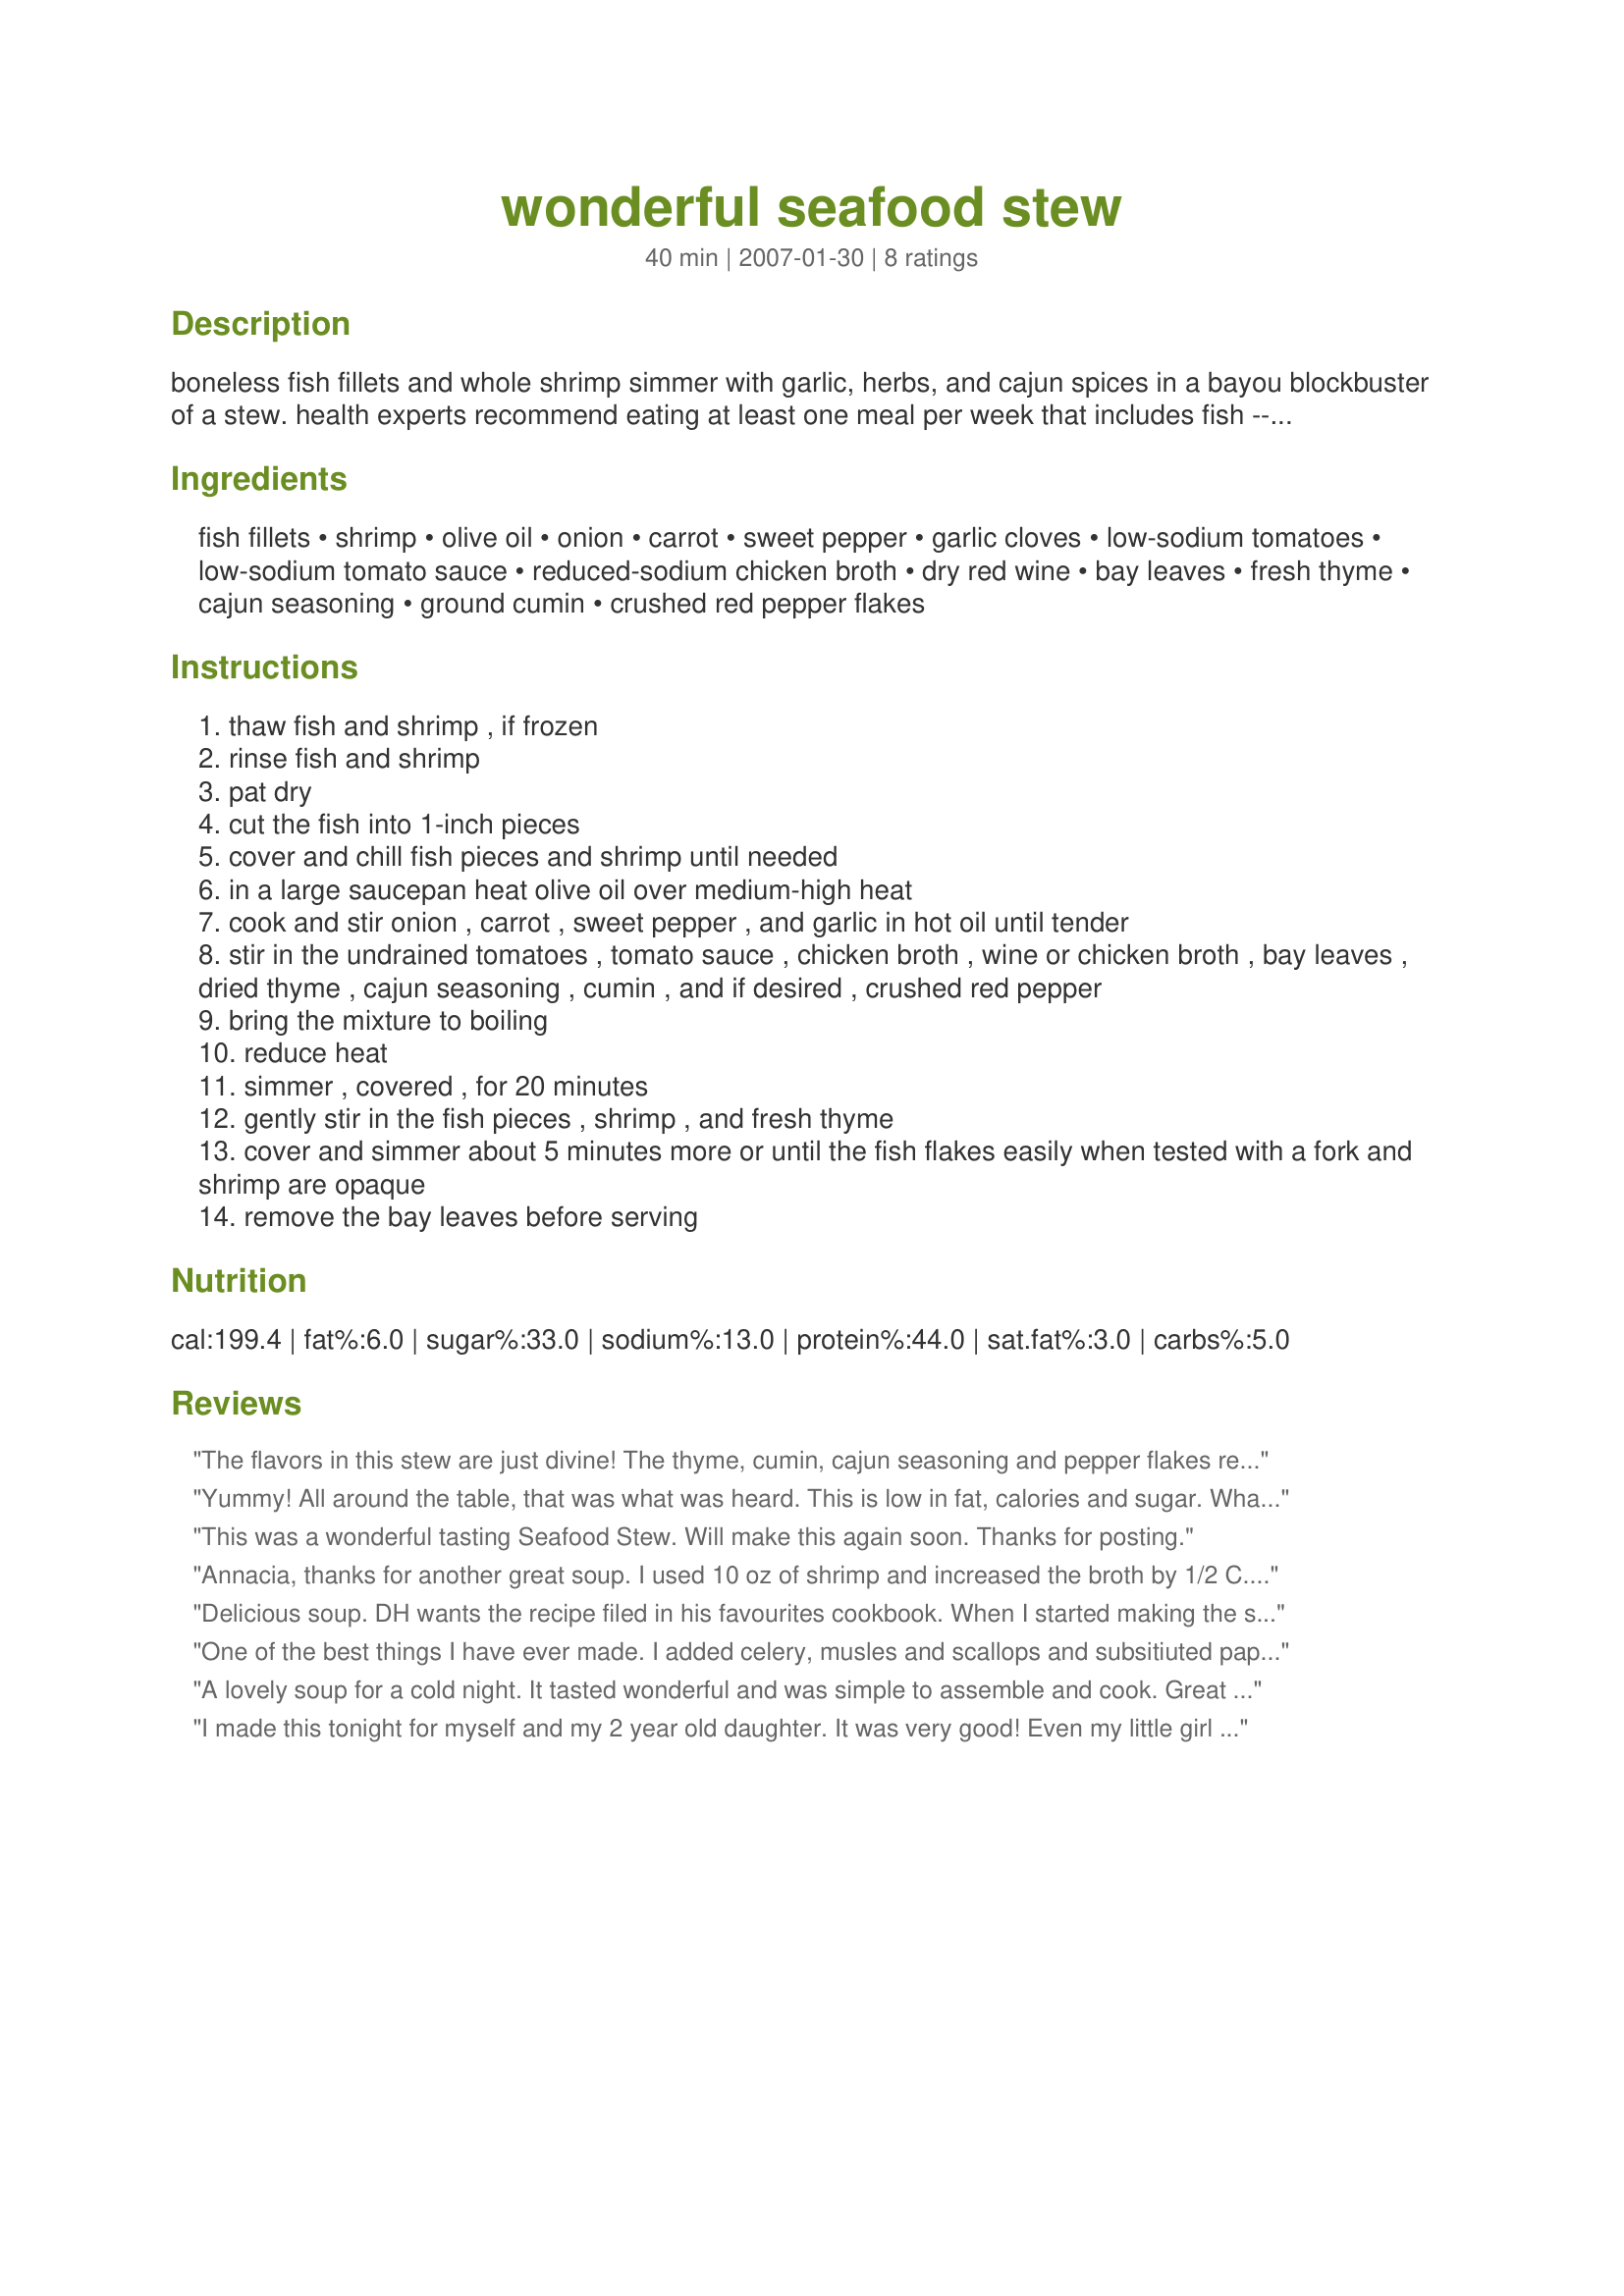
wonderful seafood stew
Preparation time: 40 minutes

boneless fish fillets and whole shrimp simmer with garlic, herbs, and cajun spices in a bayou blockbuster of a stew. health experts recommend eating at least one meal per week that includes fish -- let it be this one.

Ingredients:
fish fillets, shrimp, olive oil, onion, carrot, sweet pepper, garlic cloves, low-sodium tomatoes, low-sodium tomato sauce, reduced-sodium chicken broth, dry red wine, bay leaves, fresh thyme, cajun seasoning, ground cumin, crushed red pepper flakes

Steps:
thaw fish and shrimp , if frozen
rinse fish and shrimp
pat dry
cut the fish into 1-inch pieces
cover and chill fish pieces and shrimp until needed
in a large saucepan heat olive oil over medium-high heat
cook and stir onion , carrot , sweet pepper , and garlic in hot oil until tender
stir in the undrained tomatoes , tomato sauce , chicken broth , wine or chicken broth , bay leaves , dried thyme , cajun seasoning , cumin , and if desired , crushed red pepper
bring the mixture to boiling
reduce heat
simmer , covered , for 20 minutes
gently stir in the fish pieces , shrimp , and fresh thyme
cover and simmer about 5 minutes more or until the fish flakes easily when tested with a fork and shrimp are opaque
remove the bay leaves before serving

Reviews:
The flavors in this stew are just divine! The thyme, cumin, cajun seasoning and pepper flakes really elevate a basic tomato broth to something special. It has a bit of heat, but not enough to overwhelm the delicate flavors of the fish and shrimp. I did tweak the recipe a touch (sorry, I can't help it!) first by blending the tomato mixture to a less chunky texture after it had simmered for 20 minutes, second by using twice as much seafood as called for. Otherwise, I made just as written. Even without the extra seafood, this is a very hearty, warming dish. Along with a glass of fruity wine and some hearty bread, this makes a wonderful meal! I used cod this time, but I'd love to try it with salmon and mussels as well. I've been looking for a seafood stew recipe for months that was just perfect, I think I can stop looking now! thanks so much for a wonderful lunch, and many more meals to come.
Yummy! All around the table, that was what was heard. This is low in fat, calories and sugar. What a great seafood stew. I just served it with some rolls and butter for those lucky people who are not watching their weight. Thanks for posting, this is a keeper. :)
This was a wonderful tasting Seafood Stew. Will make this again soon. Thanks for posting.
Annacia, thanks for another great soup. I used 10 oz of shrimp and increased the broth by 1/2 C. I also used celery instead of sweet pepper, also used the red wine. Didn't use the pepper flakes, so it was spicy, but not too hot.
Delicious soup. DH wants the recipe filed in his favourites cookbook. When I started making the soup I discovered that I was out of tomato sauce therefore used pasta sauce in it's placeand left out the thyme. The soup still turned out great. Made for Went to the Market Tag.
One of the best things I have ever made. I added celery, musles and scallops and subsitiuted paprika for the cajun spice. My friends and family couldn't believe that I was capable of making this. Everyone loved it!!!!
A lovely soup for a cold night. It tasted wonderful and was simple to assemble and cook. Great recipe - thanks for posting.
I made this tonight for myself and my 2 year old daughter. It was very good! Even my little girl ate it, which surprised me. The flavor is rich and hearty, however next time I will use a little less of the cajun seasoning. The heat level was just a little bit too much for the youngster. I used a filet each of mahi mahi and cod. I also added scallops along with the shrimp. I am definitely keeping this recipe. It&#039;s yummy.
